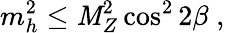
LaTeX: m_{h}^{2}\le\mathit{M}_{Z}^{2}\cos^{2}2\beta\; ,